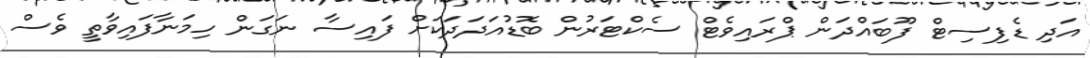
އަދި ޑެފިސިޓް ފޫބައްދަން ޕްރައިވެޓް ސެކްޓަރުން ބޮޑުއަދަދަކަށް ފައިސާ ނަގަން ހިމަނާފައިވާތީ ވެސް